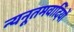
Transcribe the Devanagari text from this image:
न्यनूतमवादियों